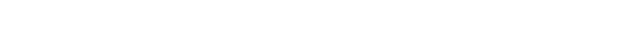
အယံ၊ ဤကထံဟူသော ပုစ္ဆာသည်။ ကထေတုကမျတာပုစ္ဆာ၊ တည်း။ ဝါ၊ ဖြေခြင်းငှာ